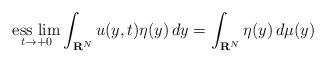
LaTeX: \begin{align*}\underset{t\to +0}{\mbox{{\rm ess lim}}}\int_{{\bf R}^N}u(y,t)\eta(y)\,dy=\int_{{\bf R}^N}\eta(y)\,d\mu(y)\end{align*}